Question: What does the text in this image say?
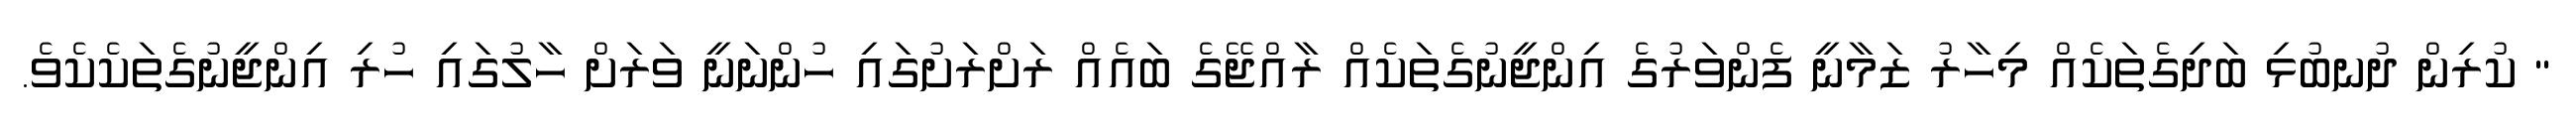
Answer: " ކުރިން ދުނބުޅި ބަދިގެތަކެއް މިހާރު ޒަމާނީ ފެންވަރުގެ އިންޖީނުގެތަކެއް ރާއްޖޭގެ ބައެއް ރަށްރަށުގައި ހުންނަނީ ވަރަށް ހާލުގައި ހުރި އިންޖީނުގެތަކެކެވެ.